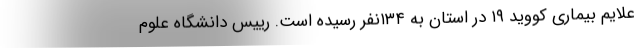
علایم بیماری کووید ۱۹ در استان به ۱۳۴نفر رسیده است. رییس دانشگاه علوم